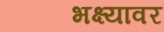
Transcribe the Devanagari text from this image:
भक्ष्यावर